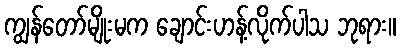
ကျွန်တော်မျိုးမက ချောင်းဟန့်လိုက်ပါသ ဘုရား။